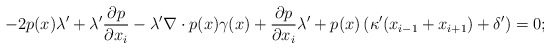
\begin{align*} -2p(x)\lambda' + \lambda'\frac{\partial p}{\partial x_i} -\lambda' \nabla \cdot p(x)\gamma(x) + \frac{\partial p}{\partial x_i}\lambda' + p(x) \left(\kappa'(x_{i-1}+x_{i+1}) + \delta'\right) = 0; \end{align*}